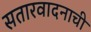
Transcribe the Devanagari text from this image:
सतारवादनाची